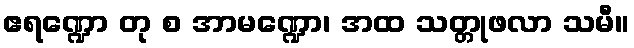
ဧရဏ္ဍော တု စ အာမဏ္ဍော၊ အထ သတ္တုဖလာ သမီ။